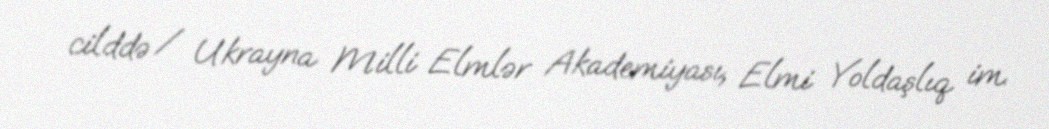
cilddə / Ukrayna Milli Elmlər Akademiyası, Elmi Yoldaşlıq im.